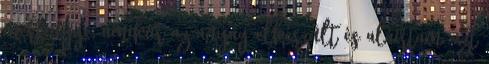
mert ugye, amikor az anyag elkészült és aláírtam, azt